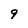
Character: 9